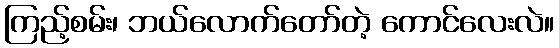
ကြည့်စမ်း၊ ဘယ်လောက်တော်တဲ့ ကောင်လေးလဲ။